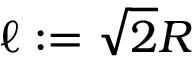
\ell : = \sqrt { 2 } R